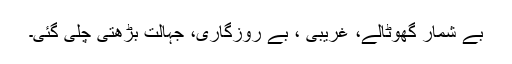
بے شمار گھوٹالے، غریبی ، بے روزگاری، جہالت بڑھتی چلی گئی۔